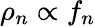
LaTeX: \rho_{n}\propto f_{n}